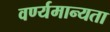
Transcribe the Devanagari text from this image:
वर्ण्यमान्यता